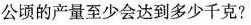
公顷的产量至少会达到多少千克?